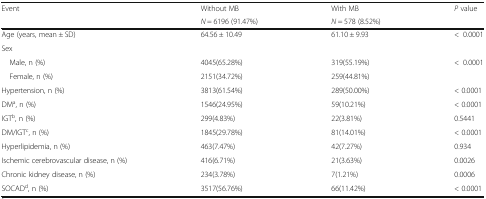
| <ROWSPAN=2> Event | Without MB | With MB | <ROWSPAN=2> P value |
 | N = 6196 (91.47%) | N = 578 (8.52%) |
 | --- | --- | --- | --- |
 | Age (years, mean ± SD) | 64.56 ± 10.49 | 61.10 ± 9.93 | <0.0001 |
 | <COLSPAN=4> Sex |
 | Male, n (%) | 4045(65.28%) | 319(55.19%) | <ROWSPAN=2> <0.0001 |
 | Female, n (%) | 2151(34.72%) | 259(44.81%) |
 | Hypertension, n (%) | 3813(61.54%) | 289(50.00%) | < 0.0001 |
 | DMa, n (%) | 1546(24.95%) | 59(10.21%) | < 0.0001 |
 | IGTb, n (%) | 299(4.83%) | 22(3.81%) | 0.5441 |
 | DM/IGTc, n (%) | 1845(29.78%) | 81(14.01%) | < 0.0001 |
 | Hyperlipidemia, n (%) | 463(7.47%) | 42(7.27%) | 0.934 |
 | Ischemic cerebrovascular disease, n (%) | 416(6.71%) | 21(3.63%) | 0.0026 |
 | Chronic kidney disease, n (%) | 234(3.78%) | 7(1.21%) | 0.0006 |
 | SOCADd, n (%) | 3517(56.76%) | 66(11.42%) | < 0.0001 |